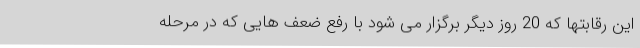
این رقابتها که 20 روز دیگر برگزار می شود با رفع ضعف هایی که در مرحله